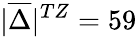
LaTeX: |\overline{{\Delta}}|^{TZ}=59